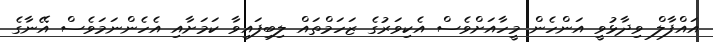
އައްފާލް ވިދާޅުވީ އަންހެން މީހާއަށްވެސް އެކިވަރުގެ ޒަހަމްތައް ލިބިފައިވާ ކަމަށާއި އެހެންނަމަވެސް އޭނާގެ